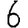
Digit: 6